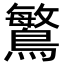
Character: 𪄴